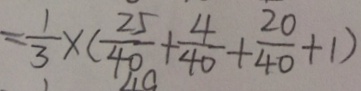
= \frac { 1 } { 3 } \times ( \frac { 2 5 } { 4 0 } + \frac { 4 } { 4 0 } + \frac { 2 0 } { 4 0 } + 1 )